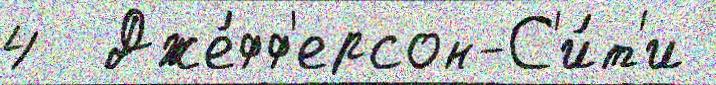
4  Дже́фф'ерсон-С'и́т'и